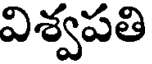
విశ్వపతి